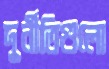
দুর্নীতিগুলো